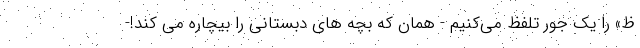
ظ» را یک جور تلفظ می‌کنیم - همان که بچه های دبستانی را بیچاره می کند!-